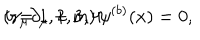
LaTeX: \left( \gamma _ { \mu } \partial _ { \mu } + m \right) \psi ^ { ( b ) } ( x ) = 0 , \hspace { 0 . 5 i n } b = 1 , 2 , 3 , 4